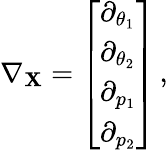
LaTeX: \nabla_{\mathbf{X}}=\left[\begin{array}{l}{\partial_{\theta_{1}}}\\ {\partial_{\theta_{2}}}\\ {\partial_{p_{1}}}\\ {\partial_{p_{2}}}\end{array}\right]\, ,